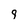
Character: 9